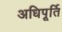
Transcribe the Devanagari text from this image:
अधिपूर्ति